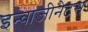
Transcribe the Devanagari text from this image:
इन्वाजीनेटस